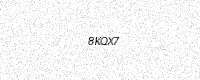
Text: 8KQX7